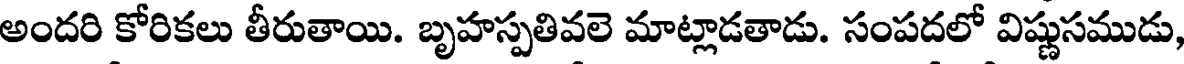
అందరి కోరికలు తీరుతాయి. బృహస్పతివలె మాట్లాడతాడు. సంపదలో విష్ణుసముడు,